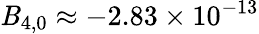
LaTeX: \mathit{B}_{4,0}\approx-2.83\times10^{-13}